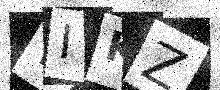
Text: WIKZ